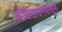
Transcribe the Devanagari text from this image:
जॉर्जटाउनपासून